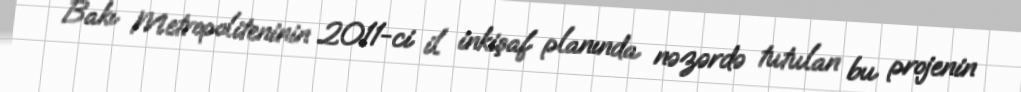
Bakı Metropoliteninin 2011-ci il inkişaf planında nəzərdə tutulan bu projenin